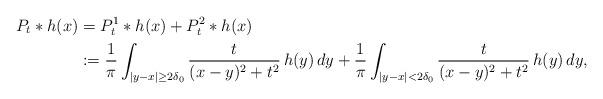
LaTeX: \begin{align*}P_t \ast h(x) & = P_t^1 \ast h(x) + P_t^2\ast h(x) \\& := \frac{1}{\pi} \int_{|y-x| \geq 2\delta_0 } \frac{t}{(x-y)^2+t^2} \, h(y) \, dy + \frac{1}{\pi} \int_{|y-x| < 2\delta_0 } \frac{t}{(x-y)^2+t^2} \, h(y) \, dy,\end{align*}